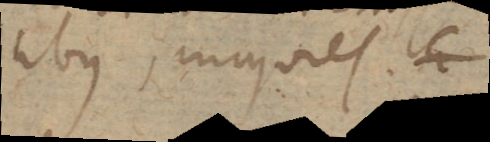
libus, majores.